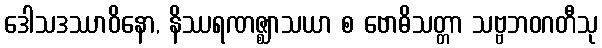
ဒေါသဒဿာဝိနော, နိဿရဏဇ္ဈာသယာ စ ဗောဓိသတ္တာ သဗ္ဗဘဝဂတီသု